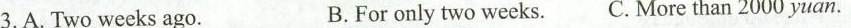
3.A.Twoweeks ago. B.Foronly two weeks. C.More than 2000 yuan.